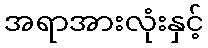
အရာအားလုံးနှင့်